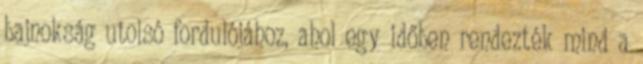
bajnokság utolsó fordulójához, ahol egy időben rendezték mind a